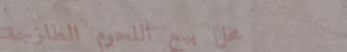
محل بيع اللحوم الطازجة